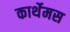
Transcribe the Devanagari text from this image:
कार्थेमस